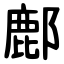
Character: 鄜